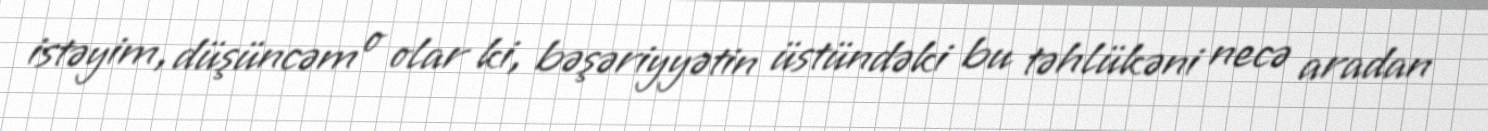
istəyim, düşüncəm o olar ki, bəşəriyyətin üstündəki bu təhlükəni necə aradan